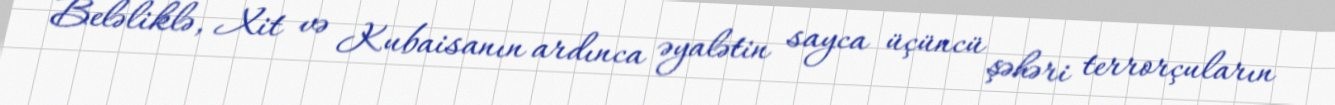
Beləliklə, Xit və Kubaisanın ardınca əyalətin sayca üçüncü şəhəri terrorçuların